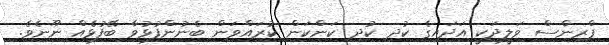
ޕްރިންސް ވަލީދަކީ އަދައިގެ ކުދި ކުދި ކަންކަން ކުރައްވަން ބެނުންފުޅުވާ ބޭފުޅެއް ނޫނެވެ.